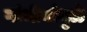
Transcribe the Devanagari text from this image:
गांभीर्यामुळे